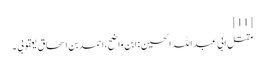
[11]
مقتل ابی عبد اللہ الحسین : ابن واضح،احمد بن اسحاق یعقوبی ۔